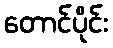
တောင်ပိုင်း